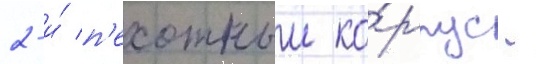
2-и́ п'ехотныи ко́рпус -